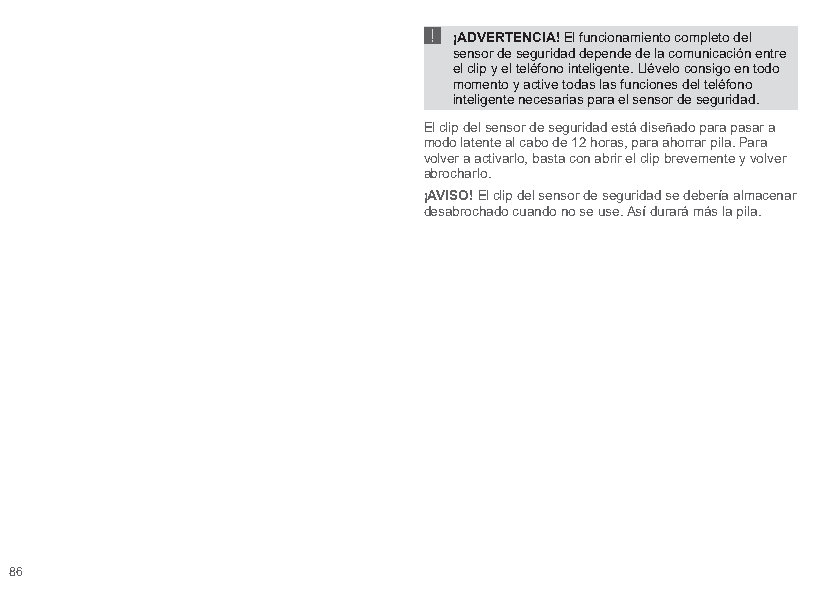
!
 ¡ADVERTENCIA! El funcionamiento completo del
 sensor de seguridad depende de la comunicación entre
 el clip y el teléfono inteligente. Llévelo consigo en todo
 momento y active todas las funciones del teléfono
 inteligente necesarias para el sensor de seguridad.
 El clip del sensor de seguridad está diseñado para pasar a
 modo latente al cabo de 12 horas, para ahorrar pila. Para
 volver a activarlo, basta con abrir el clip brevemente y volver
 abrocharlo.
 ¡AVISO! El clip del sensor de seguridad se debería almacenar
 desabrochado cuando no se use. Así durará más la pila.
 86